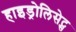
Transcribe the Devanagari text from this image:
हाइड्रोलिसेट्स